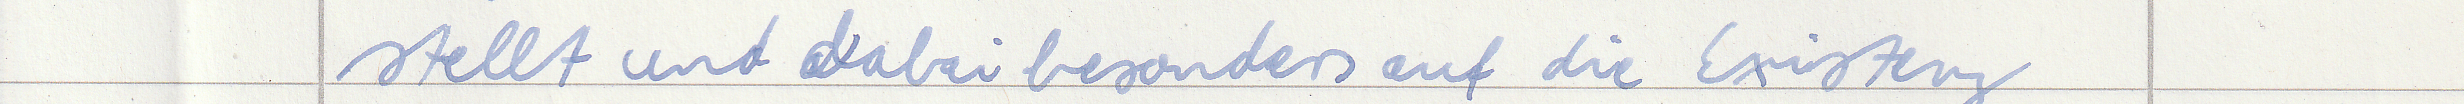
stellt und dabei besonders auf die Existenz